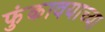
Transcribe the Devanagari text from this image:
फुंकावयाच्या